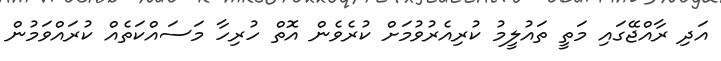
އަދި ރާއްޖޭގައި މަތީ ތައުލީމު ކުރިއެރުވުމަށް ކުރެވެން އޮތް ހުރިހާ މަސައްކަތެއް ކުރައްވަމުން